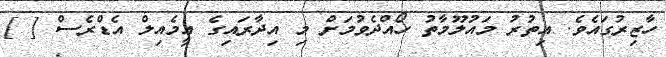
ހާޒިރުގައެވެ. އިތުރު މައުލޫމާތު ހޯއްދެވުމަށް މި އިދާރައިގެ އީމެއިލް އެޑްރެސް [ ]